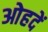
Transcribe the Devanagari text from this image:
ओहदें